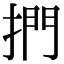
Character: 捫